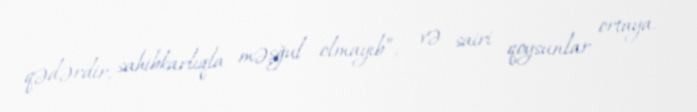
qədərdir, sahibkarlıqla məşğul olmayıb”, - və sairi qoysunlar ortaya.